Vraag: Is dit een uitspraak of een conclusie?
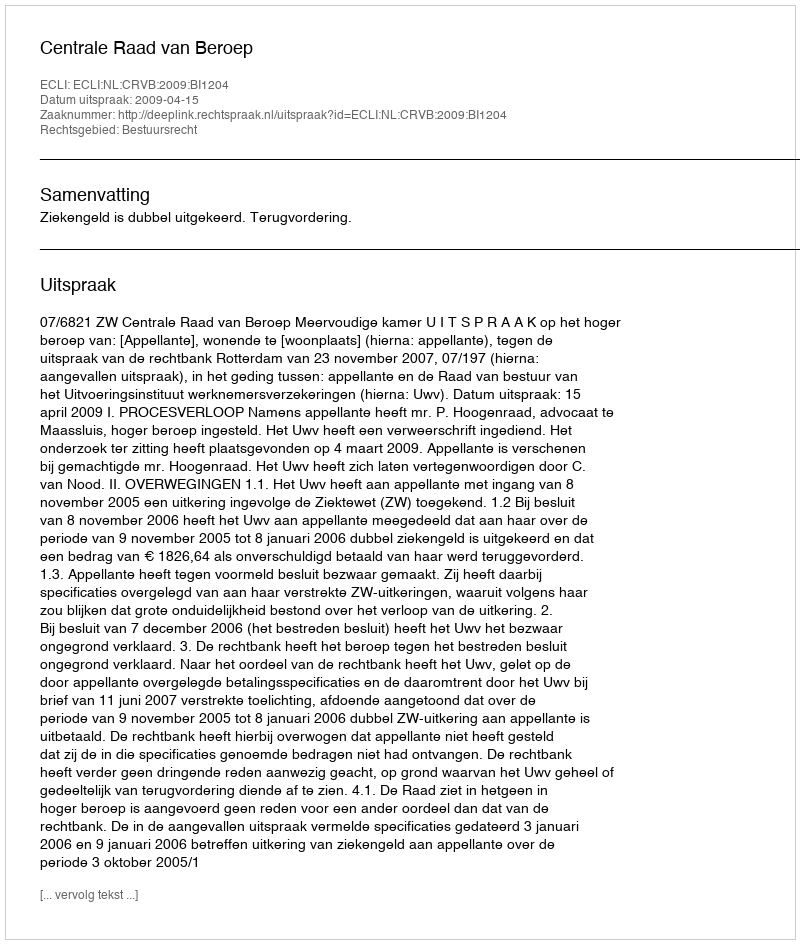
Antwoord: Uitspraak